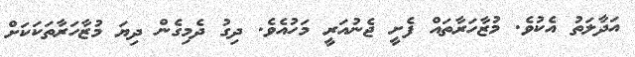
އަދާލަތު އެކުވެ. މުޒާހަރާތައް ފެށީ ޖެނުއަރީ މަހުއެވެ. ދިގު ދެމިގެން ދިޔަ މުޒާހަރާތަކަކަށް